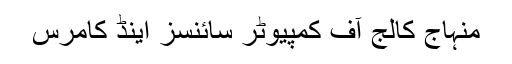
منہاج کالج آف کمپیوٹر سائنسز اینڈ کامرس